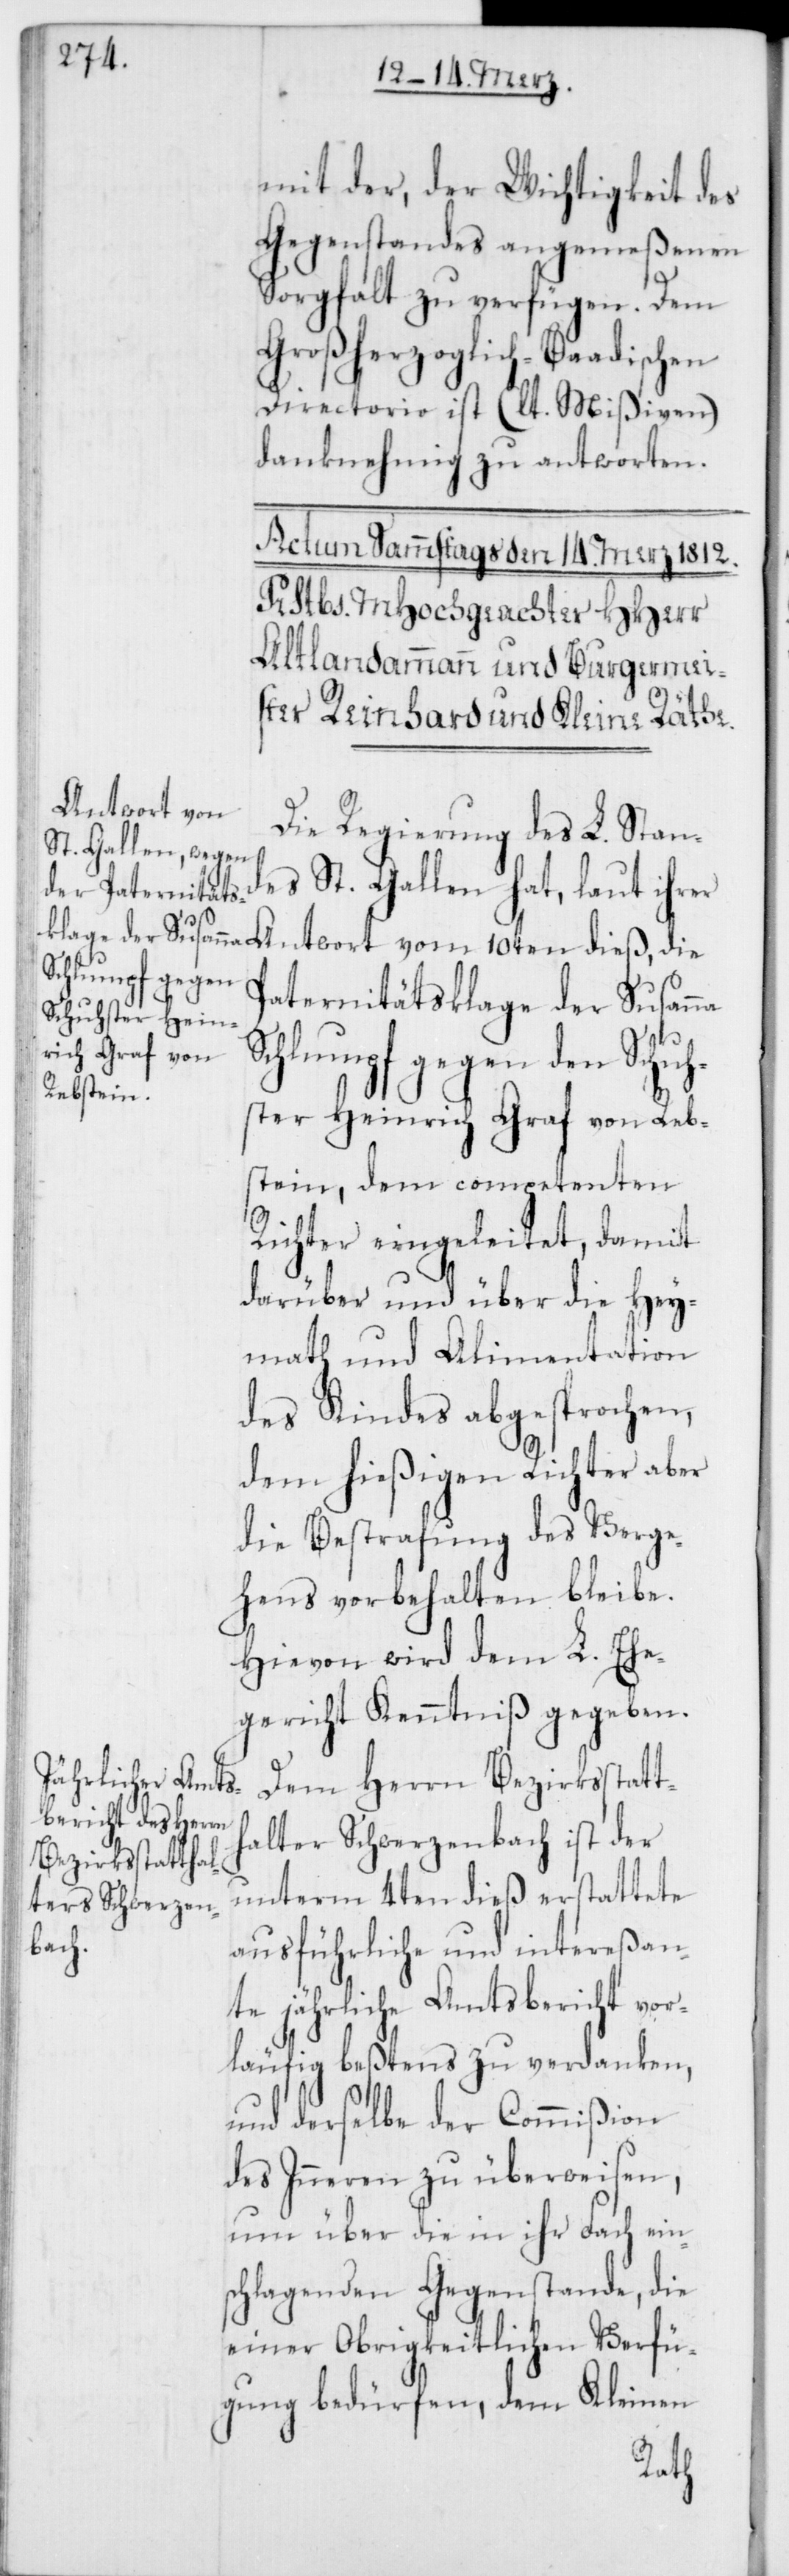
mit der, der Wichtigkeit des
Gegenstandes angemeßenen
na
Sorgfalt zu verfügen. Dem
Großherzoglich-Baadischen
Directorio ist (lt. Mißiven)
danknehmig zu antworten.
Antwort vom
Die Regierung des L. Stand¬
es St. Gallen hat, laut ihrer
Paternitätsklage der Susan¬
Schlumpf gegen den Schu¬
ster Heinrich Graf von Reb¬
stein, dem competenten
Richter eingeleitet, damit
darüber und über die Hey¬
math und Alimentation
des Kindes abgesprochen,
dem hießigen Richter aber
die Bestrafung des Verge¬
hens vorbehalten bleibe.
Hievon wird dem L. Ehe¬
gericht Kenntniß gegeben.
Dem Herrn Bezirksstatt¬
halter Schwerzenbach ist der
unterm 4ten dieß erstattete
ausführliche und intereßan¬
te jährliche Amtsbericht vor¬
läufig beßtens zu verdanken,
und derselbe der Commißion
des Inneren zu überweisen,
um über die in ihr Fach ein¬
schlagenden Gegenstände, die
einer Obrigkeitlichen Verfü¬
gung bedürfen, dem Kleinen